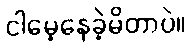
ငါမေ့နေခဲ့မိတာပဲ။